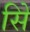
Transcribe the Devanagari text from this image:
सिे